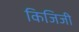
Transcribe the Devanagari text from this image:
किजिजी